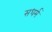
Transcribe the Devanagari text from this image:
सधर्म